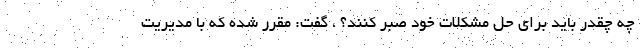
چه چقدر باید برای حل مشکلات خود صبر کنند؟ ، گفت: مقرر شده که با مدیریت